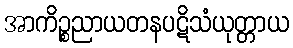
အာကိဉ္စညာယတနပဋိသံယုတ္တာယ